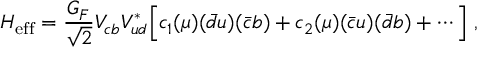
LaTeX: { \cal H } _ { \mathrm { e f f } } = \frac { G _ { F } } { \sqrt { 2 } } V _ { c b } V _ { u d } ^ { * } \Big [ c _ { 1 } ( \mu ) ( { \bar { d } } u ) ( { \bar { c } } b ) + c _ { 2 } ( \mu ) ( { \bar { c } } u ) ( { \bar { d } } b ) + \cdots \Big ] ~ ,